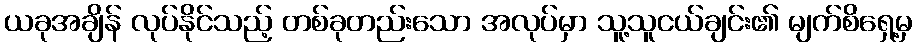
ယခုအချိန် လုပ်နိုင်သည့် တစ်ခုတည်းသော အလုပ်မှာ သူ့သူငယ်ချင်း၏ မျက်စိရှေ့မှ